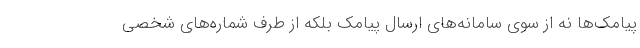
پیامک‌ها نه از سوی سامانه‌های ارسال پیامک بلکه از طرف شماره‌های شخصی